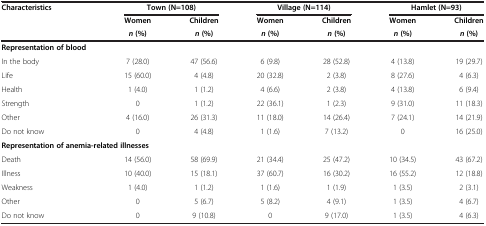
<table><thead><tr><td rowspan="2"><b>Characteristics</b></td><td colspan="2"><b>Town (N=108)</b></td><td colspan="2"><b>Village (N=114)</b></td><td colspan="2"><b>Hamlet (N=93)</b></td></tr><tr><td><b>Women</b></td><td><b>Children</b></td><td><b>Women</b></td><td><b>Children</b></td><td><b>Women</b></td><td><b>Children</b></td></tr><tr><td><b> </b></td><td><b><i>n </i>(%)</b></td><td><b><i>n </i>(%)</b></td><td><b><i>n </i>(%)</b></td><td><b><i>n </i>(%)</b></td><td><b><i>n </i>(%)</b></td><td><b><i>n </i>(%)</b></td></tr></thead><tbody><tr><td><b>Representation of blood</b></td><td> </td><td> </td><td> </td><td> </td><td> </td><td> </td></tr><tr><td>In the body</td><td>7 (28.0)</td><td>47 (56.6)</td><td>6 (9.8)</td><td>28 (52.8)</td><td>4 (13.8)</td><td>19 (29.7)</td></tr><tr><td>Life</td><td>15 (60.0)</td><td>4 (4.8)</td><td>20 (32.8)</td><td>2 (3.8)</td><td>8 (27.6)</td><td>4 (6.3)</td></tr><tr><td>Health</td><td>1 (4.0)</td><td>1 (1.2)</td><td>4 (6.6)</td><td>2 (3.8)</td><td>4 (13.8)</td><td>6 (9.4)</td></tr><tr><td>Strength</td><td>0</td><td>1 (1.2)</td><td>22 (36.1)</td><td>1 (2.3)</td><td>9 (31.0)</td><td>11 (18.3)</td></tr><tr><td>Other</td><td>4 (16.0)</td><td>26 (31.3)</td><td>11 (18.0)</td><td>14 (26.4)</td><td>7 (24.1)</td><td>14 (21.9)</td></tr><tr><td>Do not know</td><td>0</td><td>4 (4.8)</td><td>1 (1.6)</td><td>7 (13.2)</td><td>0</td><td>16 (25.0)</td></tr><tr><td colspan="4"><b>Representation of anemia-related illnesses</b></td><td> </td><td> </td><td> </td></tr><tr><td>Death</td><td>14 (56.0)</td><td>58 (69.9)</td><td>21 (34.4)</td><td>25 (47.2)</td><td>10 (34.5)</td><td>43 (67.2)</td></tr><tr><td>Illness</td><td>10 (40.0)</td><td>15 (18.1)</td><td>37 (60.7)</td><td>16 (30.2)</td><td>16 (55.2)</td><td>12 (18.8)</td></tr><tr><td>Weakness</td><td>1 (4.0)</td><td>1 (1.2)</td><td>1 (1.6)</td><td>1 (1.9)</td><td>1 (3.5)</td><td>2 (3.1)</td></tr><tr><td>Other</td><td>0</td><td>5 (6.7)</td><td>5 (8.2)</td><td>4 (9.1)</td><td>1 (3.5)</td><td>4 (6.7)</td></tr><tr><td>Do not know</td><td>0</td><td>9 (10.8)</td><td>0</td><td>9 (17.0)</td><td>1 (3.5)</td><td>4 (6.3)</td></tr></tbody></table>